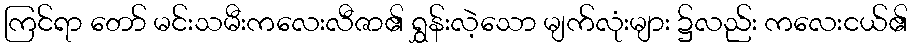
ကြင်ရာ တော် မင်းသမီးကလေးလီဇာ၏ ရွှန်းလဲ့သော မျက်လုံးများ ၌လည်း ကလေးငယ်၏